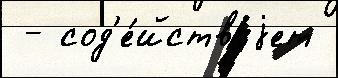
 - сод'е́йствуjет